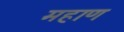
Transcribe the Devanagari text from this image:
महाण